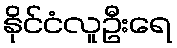
နိုင်ငံလူဦးရေ